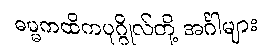
ဓမ္မကထိကပုဂ္ဂိုလ်တို့ အင်္ဂါများ